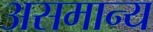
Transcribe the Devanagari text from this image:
असमान्‍य